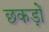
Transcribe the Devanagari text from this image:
छकड़ों